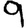
Digit: 9